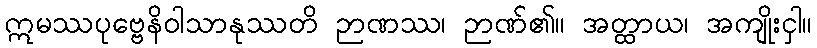
ဣမဿပုဗ္ဗေနိဝါသာနုဿတိ ဉာဏဿ၊ ဉာဏ်၏။ အတ္ထာယ၊ အကျိုးငှါ။